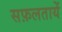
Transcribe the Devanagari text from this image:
सफ़लतायें